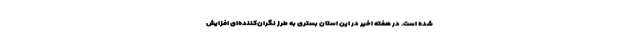
شده است. در هفته اخیر در این استان بستری به طرز نگران‌کننده‌ای افزایش